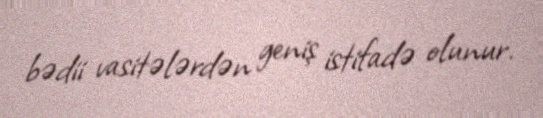
bədii vasitələrdən geniş istifadə olunur.